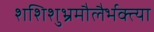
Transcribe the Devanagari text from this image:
शशिशुभ्रमौलैर्भक्त्या